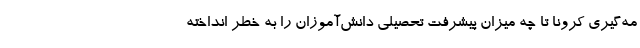
مه‌گیری کرونا تا چه میزان پیشرفت تحصیلی دانش‌آموزان را به خطر انداخته